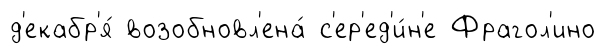
д'екабр'я́ возобновл'ена́ с'ер'ед'и́н'е Фрагол'ино